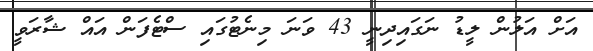
އަށް އަލުން ލީޑު ނަގައިދިނީ 43 ވަނަ މިނެޓުގައި ސްޓެފަން އައް ޝާރަވީ